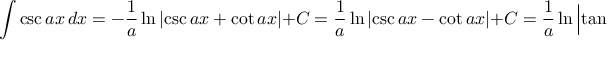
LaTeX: \int \csc { a x } \, d x = - { \frac { 1 } { a } } \ln { \left| \csc { a x } + \cot { a x } \right| } + C = { \frac { 1 } { a } } \ln { \left| \csc { a x } - \cot { a x } \right| } + C = { \frac { 1 } { a } } \ln { \left| \tan { \left( { \frac { a x } { 2 } } \right) } \right| } + C